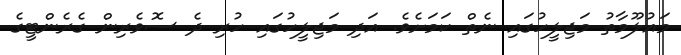
މައުލޫމާތު މަޖިލީހުގައި ނެތް ކަމަށެވެ. އަދި މަޖިލީހުގައި ހުރި ދެ ސޮވެރިން ގެރެންޓީގެ